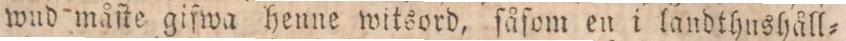
wud måſte gifwa henne witsord, ſåſom en i landthushåll=